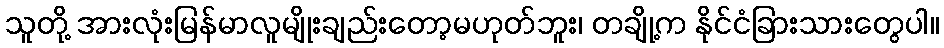
သူတို့ အားလုံးမြန်မာလူမျိုးချည်းတော့မဟုတ်ဘူး၊ တချို့က နိုင်ငံခြားသားတွေပါ။